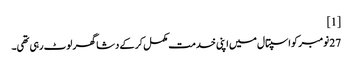
[1]
27 نومبر کو اسپتال میں اپنی خدمت مکمل کر کے دشا گھر لوٹ رہی تھی۔